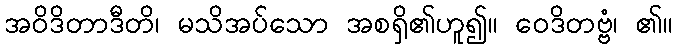
အဝိဒိတာဒီတိ၊ မသိအပ်သော အစရှိ၏ဟူ၍။ ဝေဒိတဗ္ဗံ၊ ၏။